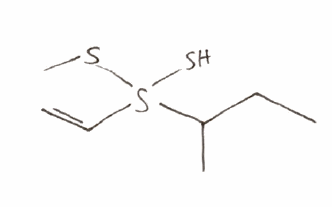
Simplified molecular-input line-entry system (SMILES) notation of the given molecule:
CCC(C)S(C=C)(S)SC